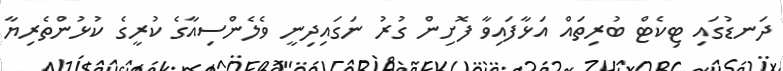
ދަނޑުގައި ޓިކެޓް ބުރިތައް އަޅާފައިވާ ފޮށިން ގުރު ނަގައިދިނީ ވެލެންސިއާގެ ކުރީގެ ކުޅުންތެރިޔާ